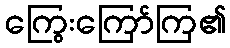
ကြွေးကြော်ကြ၏